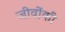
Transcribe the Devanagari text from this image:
जीवोंकी